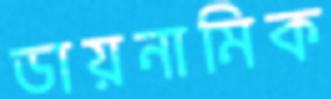
ডায়নামিক